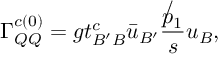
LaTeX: \Gamma _ { Q Q } ^ { c ( 0 ) } = g t _ { B ^ { \prime } B } ^ { c } \bar { u } _ { B ^ { \prime } } \frac { \not p _ { 1 } } { s } u _ { B } ,